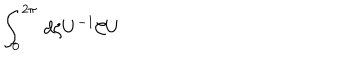
\int _ { 0 } ^ { 2 \pi } \, d \zeta U ^ { - 1 } { \cal C } U